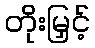
တိုးမြှင့်